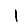
Digit: 1